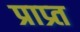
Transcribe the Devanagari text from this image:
प्राप्र्त